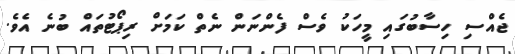
ޖެއްސި ހިސާބުގައި މީހަކު ވެސް ފެންނަން ނެތް ކަމަށް ރިޕޯޓުތައް ބުނެ އެވެ.